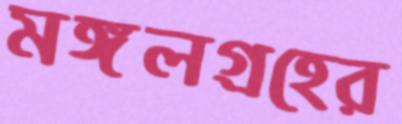
মঙ্গলগ্রহের